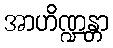
အာဟိဏ္ဍန္တာ